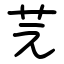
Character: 芫